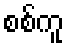
စစ်ကူ